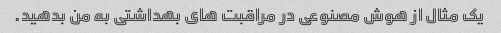
یک مثال از هوش مصنوعی در مراقبت های بهداشتی به من بدهید.